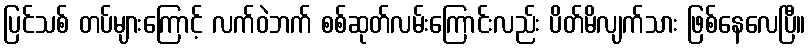
ပြင်သစ် တပ်များကြောင့် လက်ဝဲဘက် စစ်ဆုတ်လမ်းကြောင်းလည်း ပိတ်မိလျက်သား ဖြစ်နေလေပြီ။